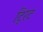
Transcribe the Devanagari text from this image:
ट्रिट